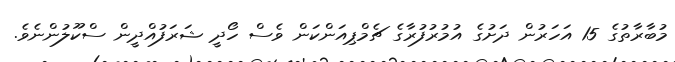
މުބާރާތުގެ 15 އަހަރުން ދަށުގެ އުމުރުފުރާގެ ޗެމްޕިއަންކަން ވެސް ހޯދީ ޝަރަފުއްދީން ސްކޫލުންނެވެ.